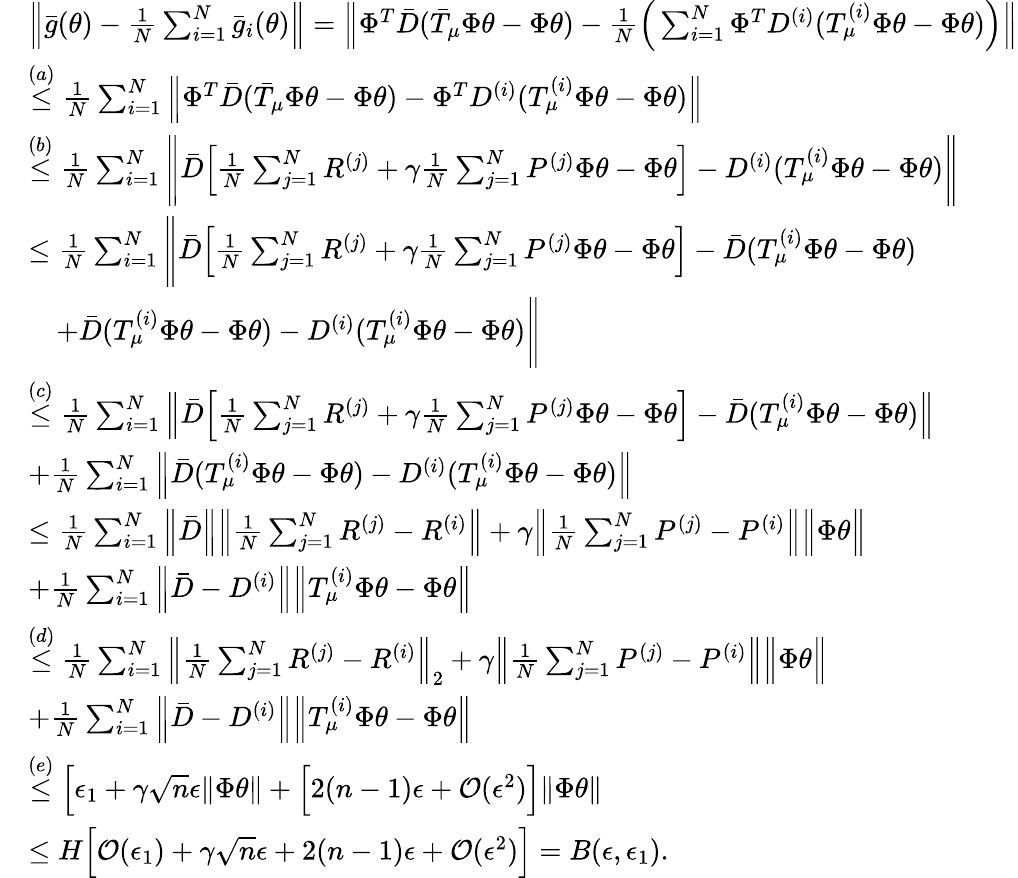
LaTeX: \begin{array}{rl}&{\Big\| \bar{g}(\theta)-\frac{1}{N}\sum_{i=1}^{N}\bar{g}_{i}(\theta)\Big\| =\Big\lVert\Phi^{T}\bar{D}(\bar{T}_{\mu}\Phi\theta-\Phi\theta)-\frac{1}{N}\Big(\sum_{i=1}^{N}\Phi^{T}D^{(i)}(T_{\mu}^{(i)}\Phi\theta-\Phi\theta)\Big)\Big\rVert}\\ &{\stackrel{(a)}{\le}\frac{1}{N}\sum_{i=1}^{N}\Big\lVert\Phi^{T}\bar{D}(\bar{T}_{\mu}\Phi\theta-\Phi\theta)-\Phi^{T}D^{(i)}(T_{\mu}^{(i)}\Phi\theta-\Phi\theta)\Big\rVert}\\ &{\stackrel{(b)}{\le}\frac{1}{N}\sum_{i=1}^{N}\Bigg\lVert\bar{D}\Big[\frac{1}{N}\sum_{j=1}^{N}R^{(j)}+\gamma\frac{1}{N}\sum_{j=1}^{N}P^{(j)}\Phi\theta-\Phi\theta\Big]-D^{(i)}(T_{\mu}^{(i)}\Phi\theta-\Phi\theta)\Bigg\rVert}\\ &{\le\frac{1}{N}\sum_{i=1}^{N}\Bigg\lVert\bar{D}\Big[\frac{1}{N}\sum_{j=1}^{N}R^{(j)}+\gamma\frac{1}{N}\sum_{j=1}^{N}P^{(j)}\Phi\theta-\Phi\theta\Big]-\bar{D}(T_{\mu}^{(i)}\Phi\theta-\Phi\theta)}\\ &{\quad+\bar{D}(T_{\mu}^{(i)}\Phi\theta-\Phi\theta)-D^{(i)}(T_{\mu}^{(i)}\Phi\theta-\Phi\theta)\Bigg\rVert}\\ &{\stackrel{(c)}{\le}\frac{1}{N}\sum_{i=1}^{N}\Big\lVert\bar{D}\Big[\frac{1}{N}\sum_{j=1}^{N}R^{(j)}+\gamma\frac{1}{N}\sum_{j=1}^{N}P^{(j)}\Phi\theta-\Phi\theta\Big]-\bar{D}(T_{\mu}^{(i)}\Phi\theta-\Phi\theta)\Big\rVert}\\ &{+\frac{1}{N}\sum_{i=1}^{N}\Big\lVert\bar{D}(T_{\mu}^{(i)}\Phi\theta-\Phi\theta)-D^{(i)}(T_{\mu}^{(i)}\Phi\theta-\Phi\theta)\Big\rVert}\\ &{\le\frac{1}{N}\sum_{i=1}^{N}\Big\lVert\bar{D}\Big\rVert\Big\lVert\frac{1}{N}\sum_{j=1}^{N}R^{(j)}-R^{(i)}\Big\rVert+\gamma\Big\lVert\frac{1}{N}\sum_{j=1}^{N}P^{(j)}-P^{(i)}\Big\rVert\Big\lVert\Phi\theta\Big\rVert}\\ &{+\frac{1}{N}\sum_{i=1}^{N}\Big\lVert\bar{D}-D^{(i)}\Big\rVert\Big\lVert T_{\mu}^{(i)}\Phi\theta-\Phi\theta\Big\rVert}\\ &{\stackrel{(d)}\le\frac{1}{N}\sum_{i=1}^{N}\Big\lVert\frac{1}{N}\sum_{j=1}^{N}R^{(j)}-R^{(i)}\Big\rVert_{2}+\gamma\Big\lVert\frac{1}{N}\sum_{j=1}^{N}P^{(j)}-P^{(i)}\Big\rVert\Big\lVert\Phi\theta\Big\rVert}\\ &{+\frac{1}{N}\sum_{i=1}^{N}\Big\lVert\bar{D}-D^{(i)}\Big\rVert\Big\lVert T_{\mu}^{(i)}\Phi\theta-\Phi\theta\Big\rVert}\\ &{\stackrel{(e)}\le\Big[\epsilon_{1}+\gamma\sqrt{n}\epsilon\lVert\Phi\theta\rVert+\Big[2(n-1)\epsilon+\mathcal{O}(\epsilon^{2})\Big]\lVert\Phi\theta\rVert}\\ &{\le H\Big[\mathcal{O}(\epsilon_{1})+\gamma\sqrt{n}\epsilon+2(n-1)\epsilon+\mathcal{O}(\epsilon^{2})\Big]=B(\epsilon,\epsilon_{1}).}\end{array}